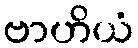
ဗာဟိယံ